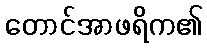
တောင်အာဖရိက၏